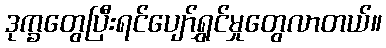
ဒုက္ခတွေပြီးရင်ပျော်ရွှင်မှုတွေလာတယ်။